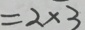
= 2 \times 3